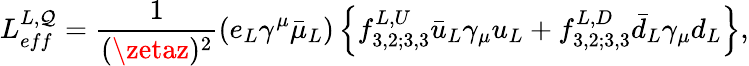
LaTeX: L_{eff}^{L,\mathcal{Q}}=\frac{{1}}{{(\zetaz)^{2}}}\left(e_{L}\gamma^{\mu}\bar{{\mu}}_{L}\right)\left\{ f_{3,2;3,3}^{L,U}\bar{{u}}_{L}\gamma_{\mu}u_{L}+f_{3,2;3,3}^{L,D}\bar{{d}}_{L}\gamma_{\mu}d_{L}\right\} ,